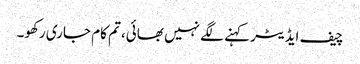
چیف ایڈیٹر کہنے لگے نہیں بھائی، تم کام جاری رکھو۔